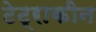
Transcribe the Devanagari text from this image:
टेट्राकीन